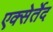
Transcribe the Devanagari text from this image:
एक्सेर्तेद